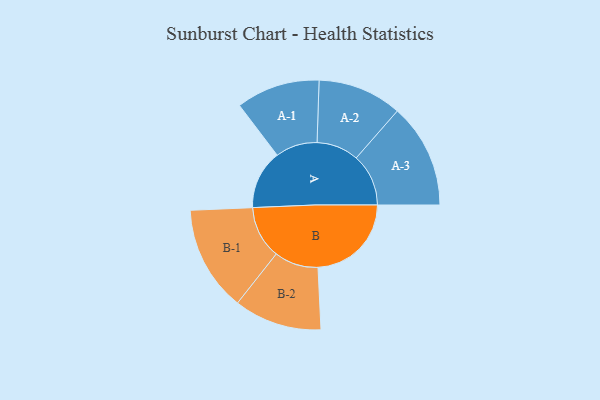
{"axis": {"x": "Segment", "y": "Value"}, "legend": ["", "A", "B"], "data": [{"x": "A", "y": 250, "type": ""}, {"x": "B", "y": 395, "type": ""}, {"x": "A-1", "y": 177, "type": "A"}, {"x": "A-2", "y": 178, "type": "A"}, {"x": "A-3", "y": 221, "type": "A"}, {"x": "B-1", "y": 223, "type": "B"}, {"x": "B-2", "y": 186, "type": "B"}]}